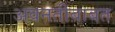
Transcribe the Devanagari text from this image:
अवनतीबाबत